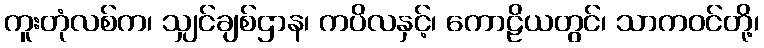
ကူးတုံလစ်က၊ သျှင်ချစ်ဌာန၊ ကပိလနှင့်၊ ကောဠိယတွင်၊ သာကဝင်တို့၊